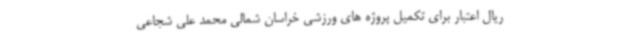
ریال اعتبار برای تکمیل پروژه های ورزشی خراسان شمالی محمد علی شجاعی